Document type: Sale
Year: 1290
Scribe: Miquel Rotllan
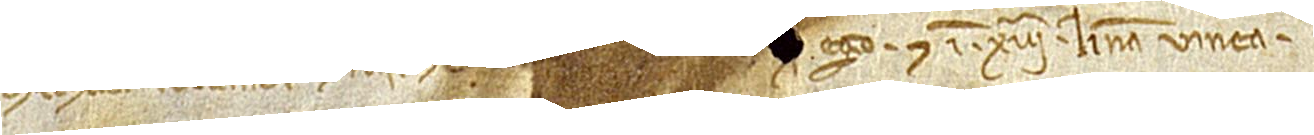
Michaelis Rotlandi et rasi et emenda[ti in prima li]nea, “[quod] ego”, et in XIIIª linea, “vinea”.